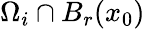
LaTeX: \Omega_{i}\cap B_{r}(x_{0})